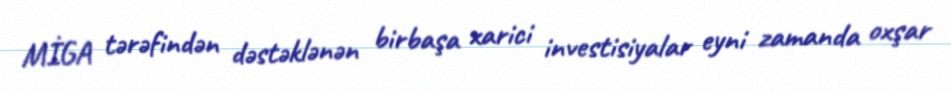
MİGA tərəfindən dəstəklənən birbaşa xarici investisiyalar eyni zamanda oxşar